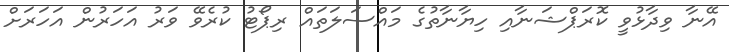
އޭނާ ވިދާޅުވީ ކޮރަޕްޝަނާއި ހިޔާނާތުގެ މައްސަލަތައް ރިޕޯޓު ކުރެވޭ ވަރު އަހަރުން އަހަރަށް